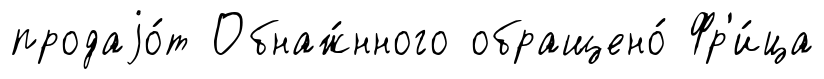
продаjо́т Обнаж́нного обращено́ Фр'и́ца